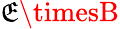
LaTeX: \mathfrak{E}\timesB